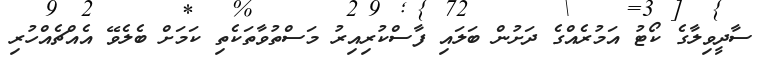
ސާދީވިލާގެ ކޯޓު އަމުރެއްގެ ދަށުން ބަލައި ފާސްކުރިއިރު މަސްތުވާތަކެތި ކަމަށް ބެލެވޭ އެއްޗެއްހުރި